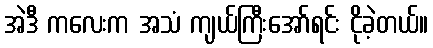
အဲဒီ ကလေးက အသံ ကျယ်ကြီးအော်ရင်း ငိုခဲ့တယ်။